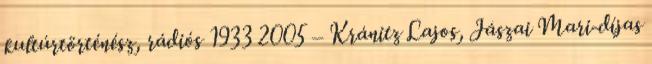
kultúrtörténész, rádiós 1933 2005 – Kránitz Lajos, Jászai Mari-díjas